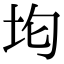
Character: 𭎀